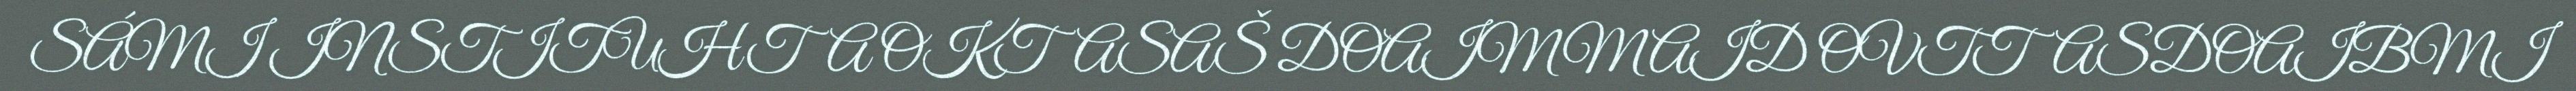
SÁMI INSTITUHTA OKTASAŠ DOAIMMAID OVTTASDOAIBMI